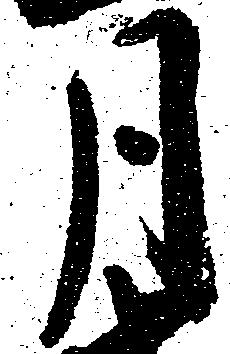
月